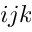
i j k